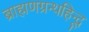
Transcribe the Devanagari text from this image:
ब्राह्मणग्रन्थहिन्दू